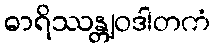
ဓာရိဿန္တျဝဒါတကံ